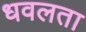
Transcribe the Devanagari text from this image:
धवलता